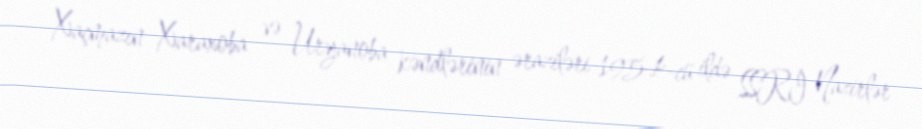
Xaçmazın Xaraxoba və Uryanoba kəndlərinin əraziləri 1954-cü ildə SSRİ Nazirlər